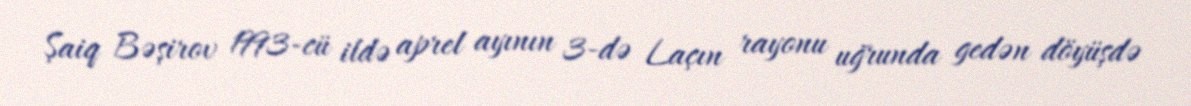
Şaiq Bəşirov 1993-cü ildə aprel ayının 3-də Laçın rayonu uğrunda gedən döyüşdə